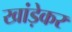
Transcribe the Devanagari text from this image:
खांड़ेकर